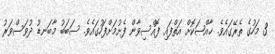
3 މަހުގެ ތެރޭގައެވެ. ޚާއްޞަކޮށް އަތްފައި ފޮއްސިވާން ފެށުމަށްފަހުގައެވެ. ސަބަބު މާބަނޑު ދުވަސްވަރު